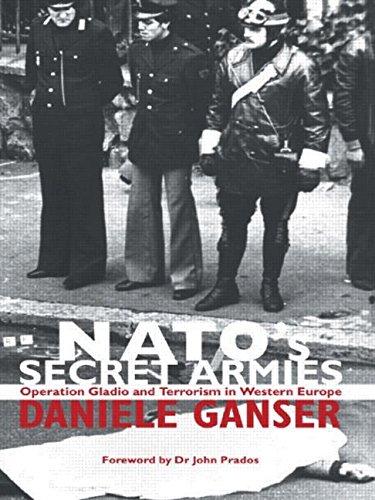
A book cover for NATO's Secret Armies: Operation GLADIO and Terrorism in Western Europe (Contemporary Security Studies); Ganser Daniele; History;